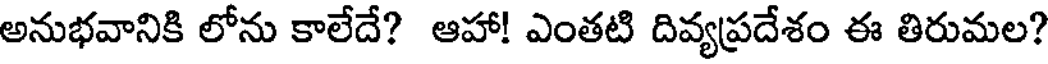
అనుభవానికి లోను కాలేదే? ఆహా! ఎంతటి దివ్యప్రదేశం ఈ తిరుమల?